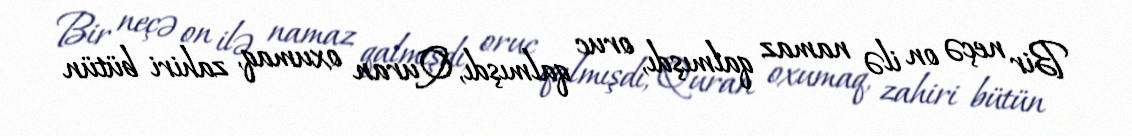
Bir neçə on ilə namaz qalmışdı, oruc qalmışdı, Quran oxumaq, zahiri bütün